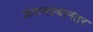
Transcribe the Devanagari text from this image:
उतरवल्यानंतर